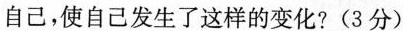
自己，使自己发生了这样的变化?(3分)